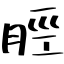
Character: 脛